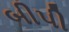
બીપી